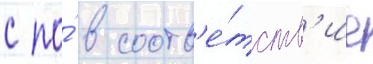
с по́ в соотв'е́тств'ие